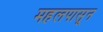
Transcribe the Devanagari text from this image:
महलपासून